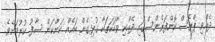
ދެއްވި ޕްރެސް ކޮންފަރެންސްގައި ދެއްކި ވާހަކަތަކާ ގުޅިގެން ބައެއް ކަންކަން ސާފު ކުރުމަށެވެ.